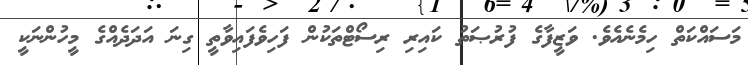
މަސައްކަތް ހިމެނެއެވެ. ވަޒީފާގެ ފުރުޞަތު ކައިރި ރިސޯޓްތަކުން ފަހިވެފައިވާތީ ގިނަ އަދަދެއްގެ މީހުންނަކީ